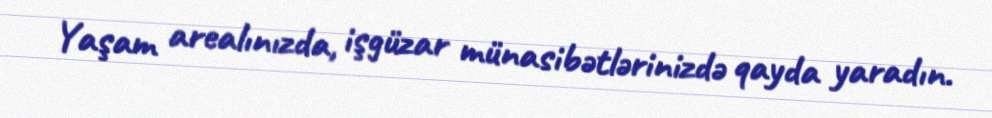
Yaşam arealınızda, işgüzar münasibətlərinizdə qayda yaradın.